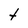
Character: t